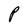
Character: P